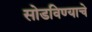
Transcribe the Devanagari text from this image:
सोडविण्याचे